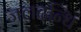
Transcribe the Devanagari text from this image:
जलदन्धि